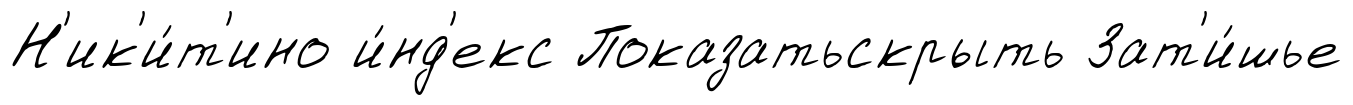
Н'ик'и́т'ино и́нд'екс Показатьскрыть Зат'и́шье